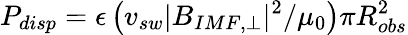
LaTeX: P_{disp}=\epsilon\left(v_{sw}|B_{IMF,\perp}|^{2}/\mu_{0}\right)\pi R_{obs}^{2}